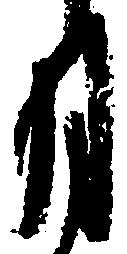
月